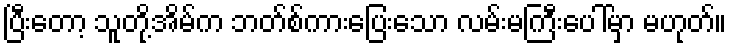
ပြီးတော့ သူတို့အိမ်က ဘတ်စ်ကားပြေးသော လမ်းမကြီးပေါ်မှာ မဟုတ်။